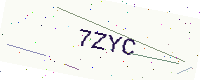
Text: 7ZYC